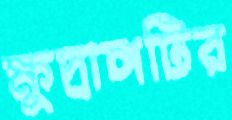
ক্ষুদ্রাঙ্গটির